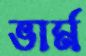
ভার্ম